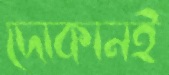
দোকানই